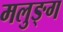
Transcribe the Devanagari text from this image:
मलुङ्ग